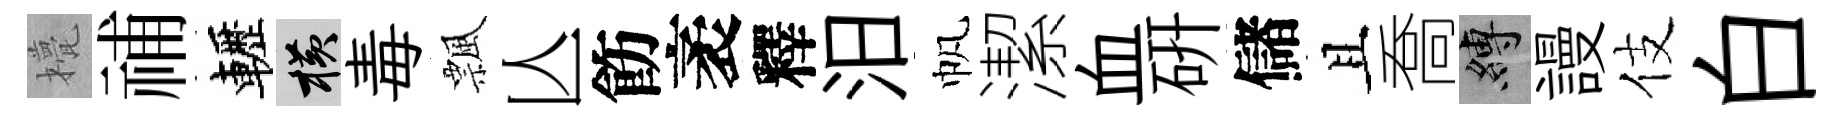
甍𥙷轣横毒飄亾飭袤釋汨帆潔血硏儲且喬縛謾伎白